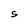
Character: S